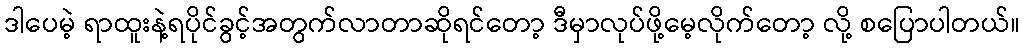
ဒါပေမဲ့ ရာထူးနဲ့ရပိုင်ခွင့်အတွက်လာတာဆိုရင်တော့ ဒီမှာလုပ်ဖို့မေ့လိုက်တော့ လို့ စပြောပါတယ်။